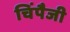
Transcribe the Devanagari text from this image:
चिंपैजी